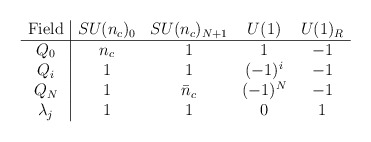
\begin{align*}\begin{array}[]{c|c c c c}{\rm Field} & SU(n_c)_0 & SU(n_c)_{N+1} & U(1) & U(1)_R\\\hline Q_0 & n_c & 1 & 1 & -1 \\ Q_i & 1 & 1 & (-1)^i & -1 \\ Q_N & 1 & \bar n_c & (-1)^N & -1 \\ \lambda_j & 1 & 1 & 0 & 1 \\\end{array}\end{align*}